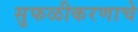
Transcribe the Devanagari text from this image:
सुफळीकरणाचे